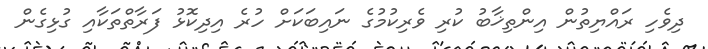
ދިވެހި ރައްޔިތުން އިންތިޚާބު ކުރި ވެރިކުމުގެ ނައިބަކަށް ހުރެ އިދިކޮޅު ފަރާތްތަކާއި ގުޅިގެން